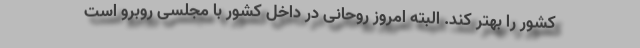
کشور را بهتر کند. البته امروز روحانی در داخل کشور با مجلسی روبرو است